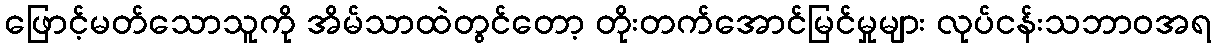
ဖြောင့်မတ်သောသူကို အိမ်သာထဲတွင်တော့ တိုးတက်အောင်မြင်မှုများ လုပ်ငန်းသဘာဝအရ